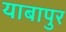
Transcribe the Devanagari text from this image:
याबापुर